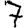
Digit: 7